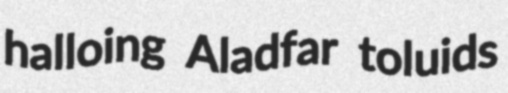
halloing Aladfar toluids